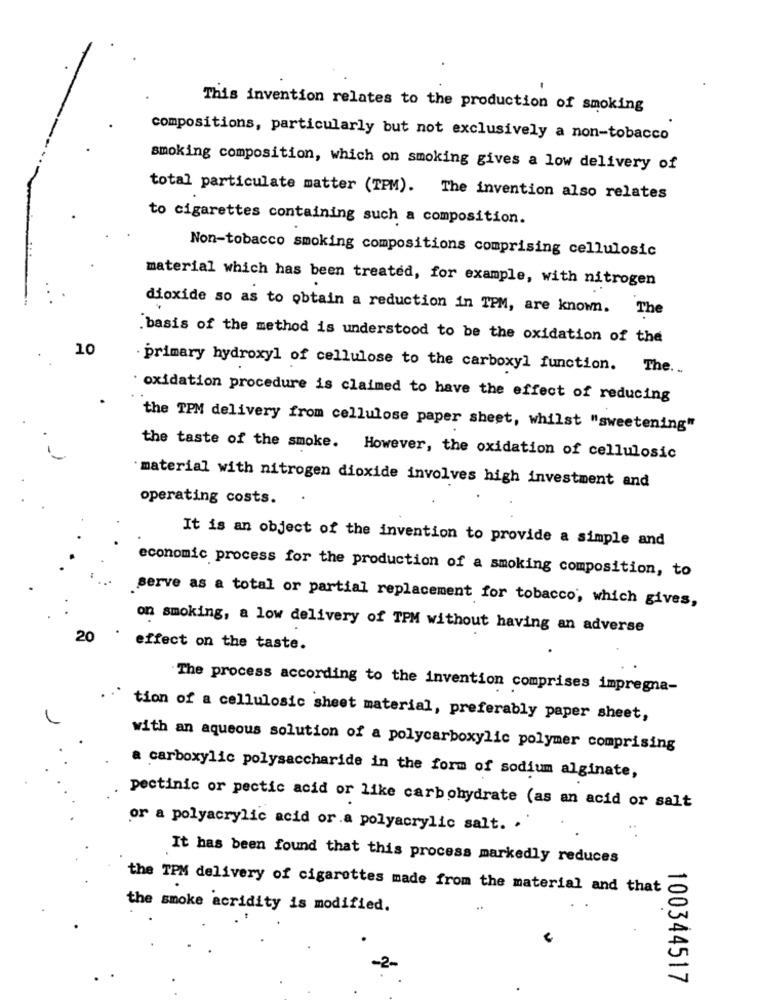
This invention relates to the production of smoking
compositions, particularly but not exclusively a non-tobacco
smoking composition, which on smoking gives a low delivery of
total particulate matter (TPM). The invention also relates
to cigarettes containing such a composition.
Non-tobacco smoking compositions comprising cellulosic
material which has been treated, for example, with nitrogen
dioxide so as to obtain a reduction in TPM, are known. The
.basis of the method is understood to be the oxidation of the
10
primary hydroxyl of cellulose to the carboxyl function. The ...
· oxidation procedure is claimed to have the effect of reducing
the TPM delivery from cellulose paper sheet, whilst "sweetening"
the taste of the smoke. However, the oxidation of cellulosic
material with nitrogen dioxide involves high investment and
operating costs.
It is an object of the invention to provide a simple and
economic process for the production of a smoking composition, to
serve as a total or partial replacement for tobacco, which gives,
on smoking, a low delivery of TPM without having an adverse
20
effect on the taste.
The process according to the invention comprises impregna-
tion of a cellulosic sheet material, preferably paper sheet,
with an aqueous solution of a polycarboxylic polymer comprising
a carboxylic polysaccharide in the form of sodium alginate,
pectinic or pectic acid or like carbohydrate (as an acid or salt
or a polyacrylic acid or.a polyacrylic salt. .
It has been found that this process markedly reduces
the TPM delivery of cigarettes made from the material and that
the smoke acridity is modified.
100344517